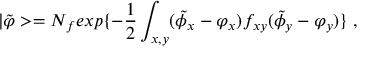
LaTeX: | \tilde { \varphi } > = N _ { f } e x p \{ - { \frac { 1 } { 2 } } \int _ { x , y } ( \tilde { \phi } _ { x } - \varphi _ { x } ) f _ { x y } ( \tilde { \phi } _ { y } - \varphi _ { y } ) \} \; ,